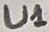
Text: U1